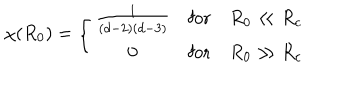
\chi ( R _ { 0 } ) = \left\{ \begin{array} { c c c } { { \frac { 1 } { ( d - 2 ) ( d - 3 ) } } } & { { \mathrm { f o r } } } & { { R _ { 0 } \ll R _ { c } } } \\ { { 0 } } & { { \mathrm { f o r } } } & { { R _ { 0 } \gg R _ { c } } } \\ \end{array} \right.